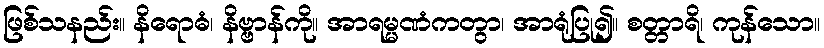
ဖြစ်သနည်း။ နိရောဓံ၊ နိဗ္ဗာန်ကို။ အာရမ္မဏံကတွာ၊ အာရုံပြု၍။ စတ္တာရိ၊ ကုန်သော။